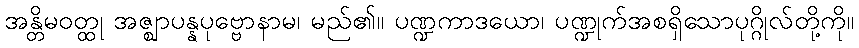
အန္တိမဝတ္ထု အဇ္ဈာပန္နပုဗ္ဗောနာမ၊ မည်၏။ ပဏ္ဍကာဒယော၊ ပဏ္ဍုက်အစရှိသောပုဂ္ဂိုလ်တို့ကို။